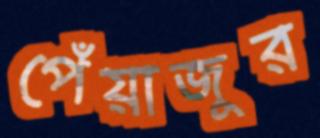
পেঁয়াজুর